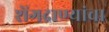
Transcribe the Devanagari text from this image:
शेंगदाण्यांचा